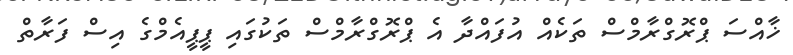
ޚާއްސަ ޕްރޮގްރާމްސް ތަކެއް އުފައްދާ އެ ޕްރޮގްރާމްސް ތަކުގައި ޕީޕީއެމްގެ އިސް ފަރާތް